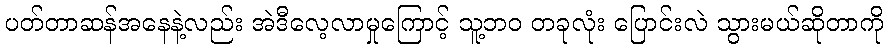
ပတ်တာဆန်အနေနဲ့လည်း အဲဒီလေ့လာမှုကြောင့် သူ့ဘဝ တခုလုံး ပြောင်းလဲ သွားမယ်ဆိုတာကို